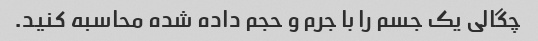
چگالی یک جسم را با جرم و حجم داده شده محاسبه کنید.